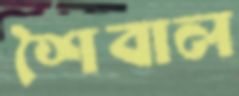
শৈবাল